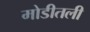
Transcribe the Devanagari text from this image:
मोडीतली